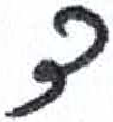
אות: ד